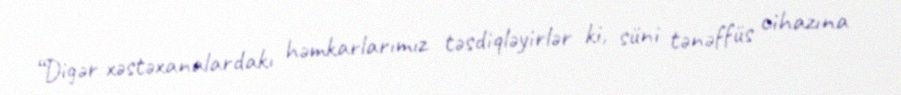
“Digər xəstəxanalardakı həmkarlarımız təsdiqləyirlər ki, süni tənəffüs cihazına